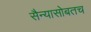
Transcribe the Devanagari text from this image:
सैन्यासोबतच